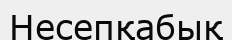
Несепқабық